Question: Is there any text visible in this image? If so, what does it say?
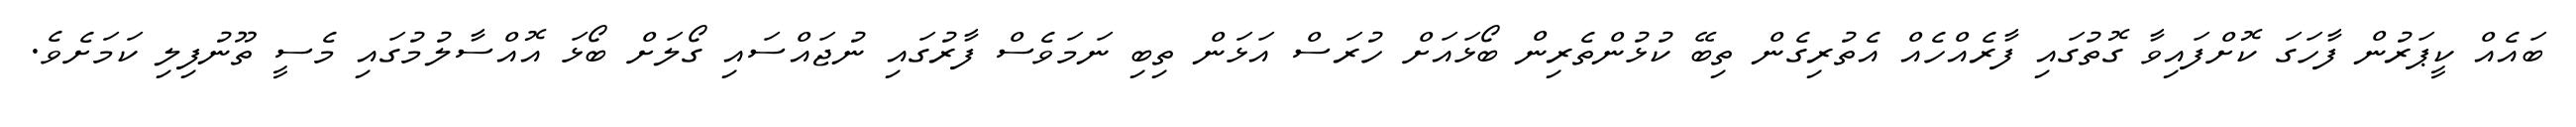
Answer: ބައެއް ކީޕަރުން ފާހަގަ ކޮށްފައިވާ ގޮތުގައި ފާރެއްހެއް އެތުރިގެން ތިބޭ ކުޅުންތެރިން ބޯޅައަށް ހުރަސް އަޅަން ތިބި ނަމަވެސް ފާރުގައި ނުޖައްސައި ގޯލަށް ބޯޅަ އޮއްސާލުމުގައި މެސީ ތޫނުފިލި ކަމަށެވެ.